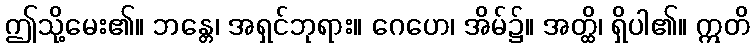
ဤသို့မေး၏။ ဘန္တေ၊ အရှင်ဘုရား။ ဂေဟေ၊ အိမ်၌။ အတ္ထိ၊ ရှိပါ၏။ ဣတိ